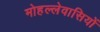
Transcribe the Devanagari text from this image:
मोहल्लेवासियों